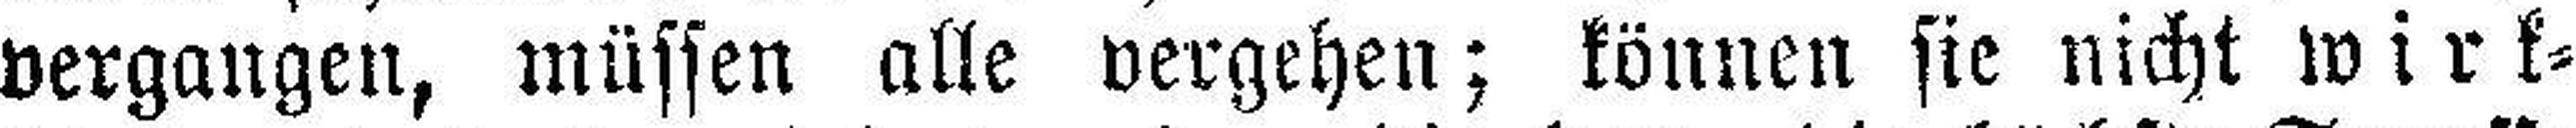
vergangen, müssen alle vergehen; können sie nicht wirk¬